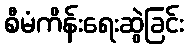
စီမံကိန်းရေးဆွဲခြင်း